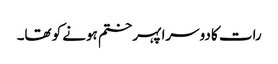
رات کا دوسرا پہر ختم ہونے کو تھا۔